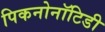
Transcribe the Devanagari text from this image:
पिकनोनॉटिडी